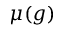
\mu ( g )